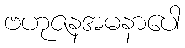
ဗဟုဇနအမနာပေါ